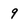
Character: 9